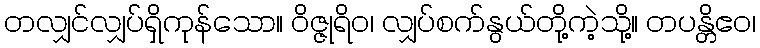
တလျှင်လျှပ်ရှိကုန်သော။ ဝိဇ္ဇုရိဝ၊ လျှပ်စက်နွယ်တို့ကဲ့သို့။ တပန္တိဧဝ၊